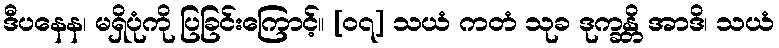
ဒီပနေန၊ မရှိပုံကို ပြခြင်းကြောင့်။ [၀၇] သယံ ကတံ သုခ ဒုက္ခန္တိ အာဒိ၊ သယံ